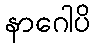
နာဂေါပိ